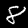
Digit: 8